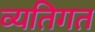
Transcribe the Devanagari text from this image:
व्‍यतिगत